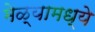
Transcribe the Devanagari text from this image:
मेळ्यामध्ये